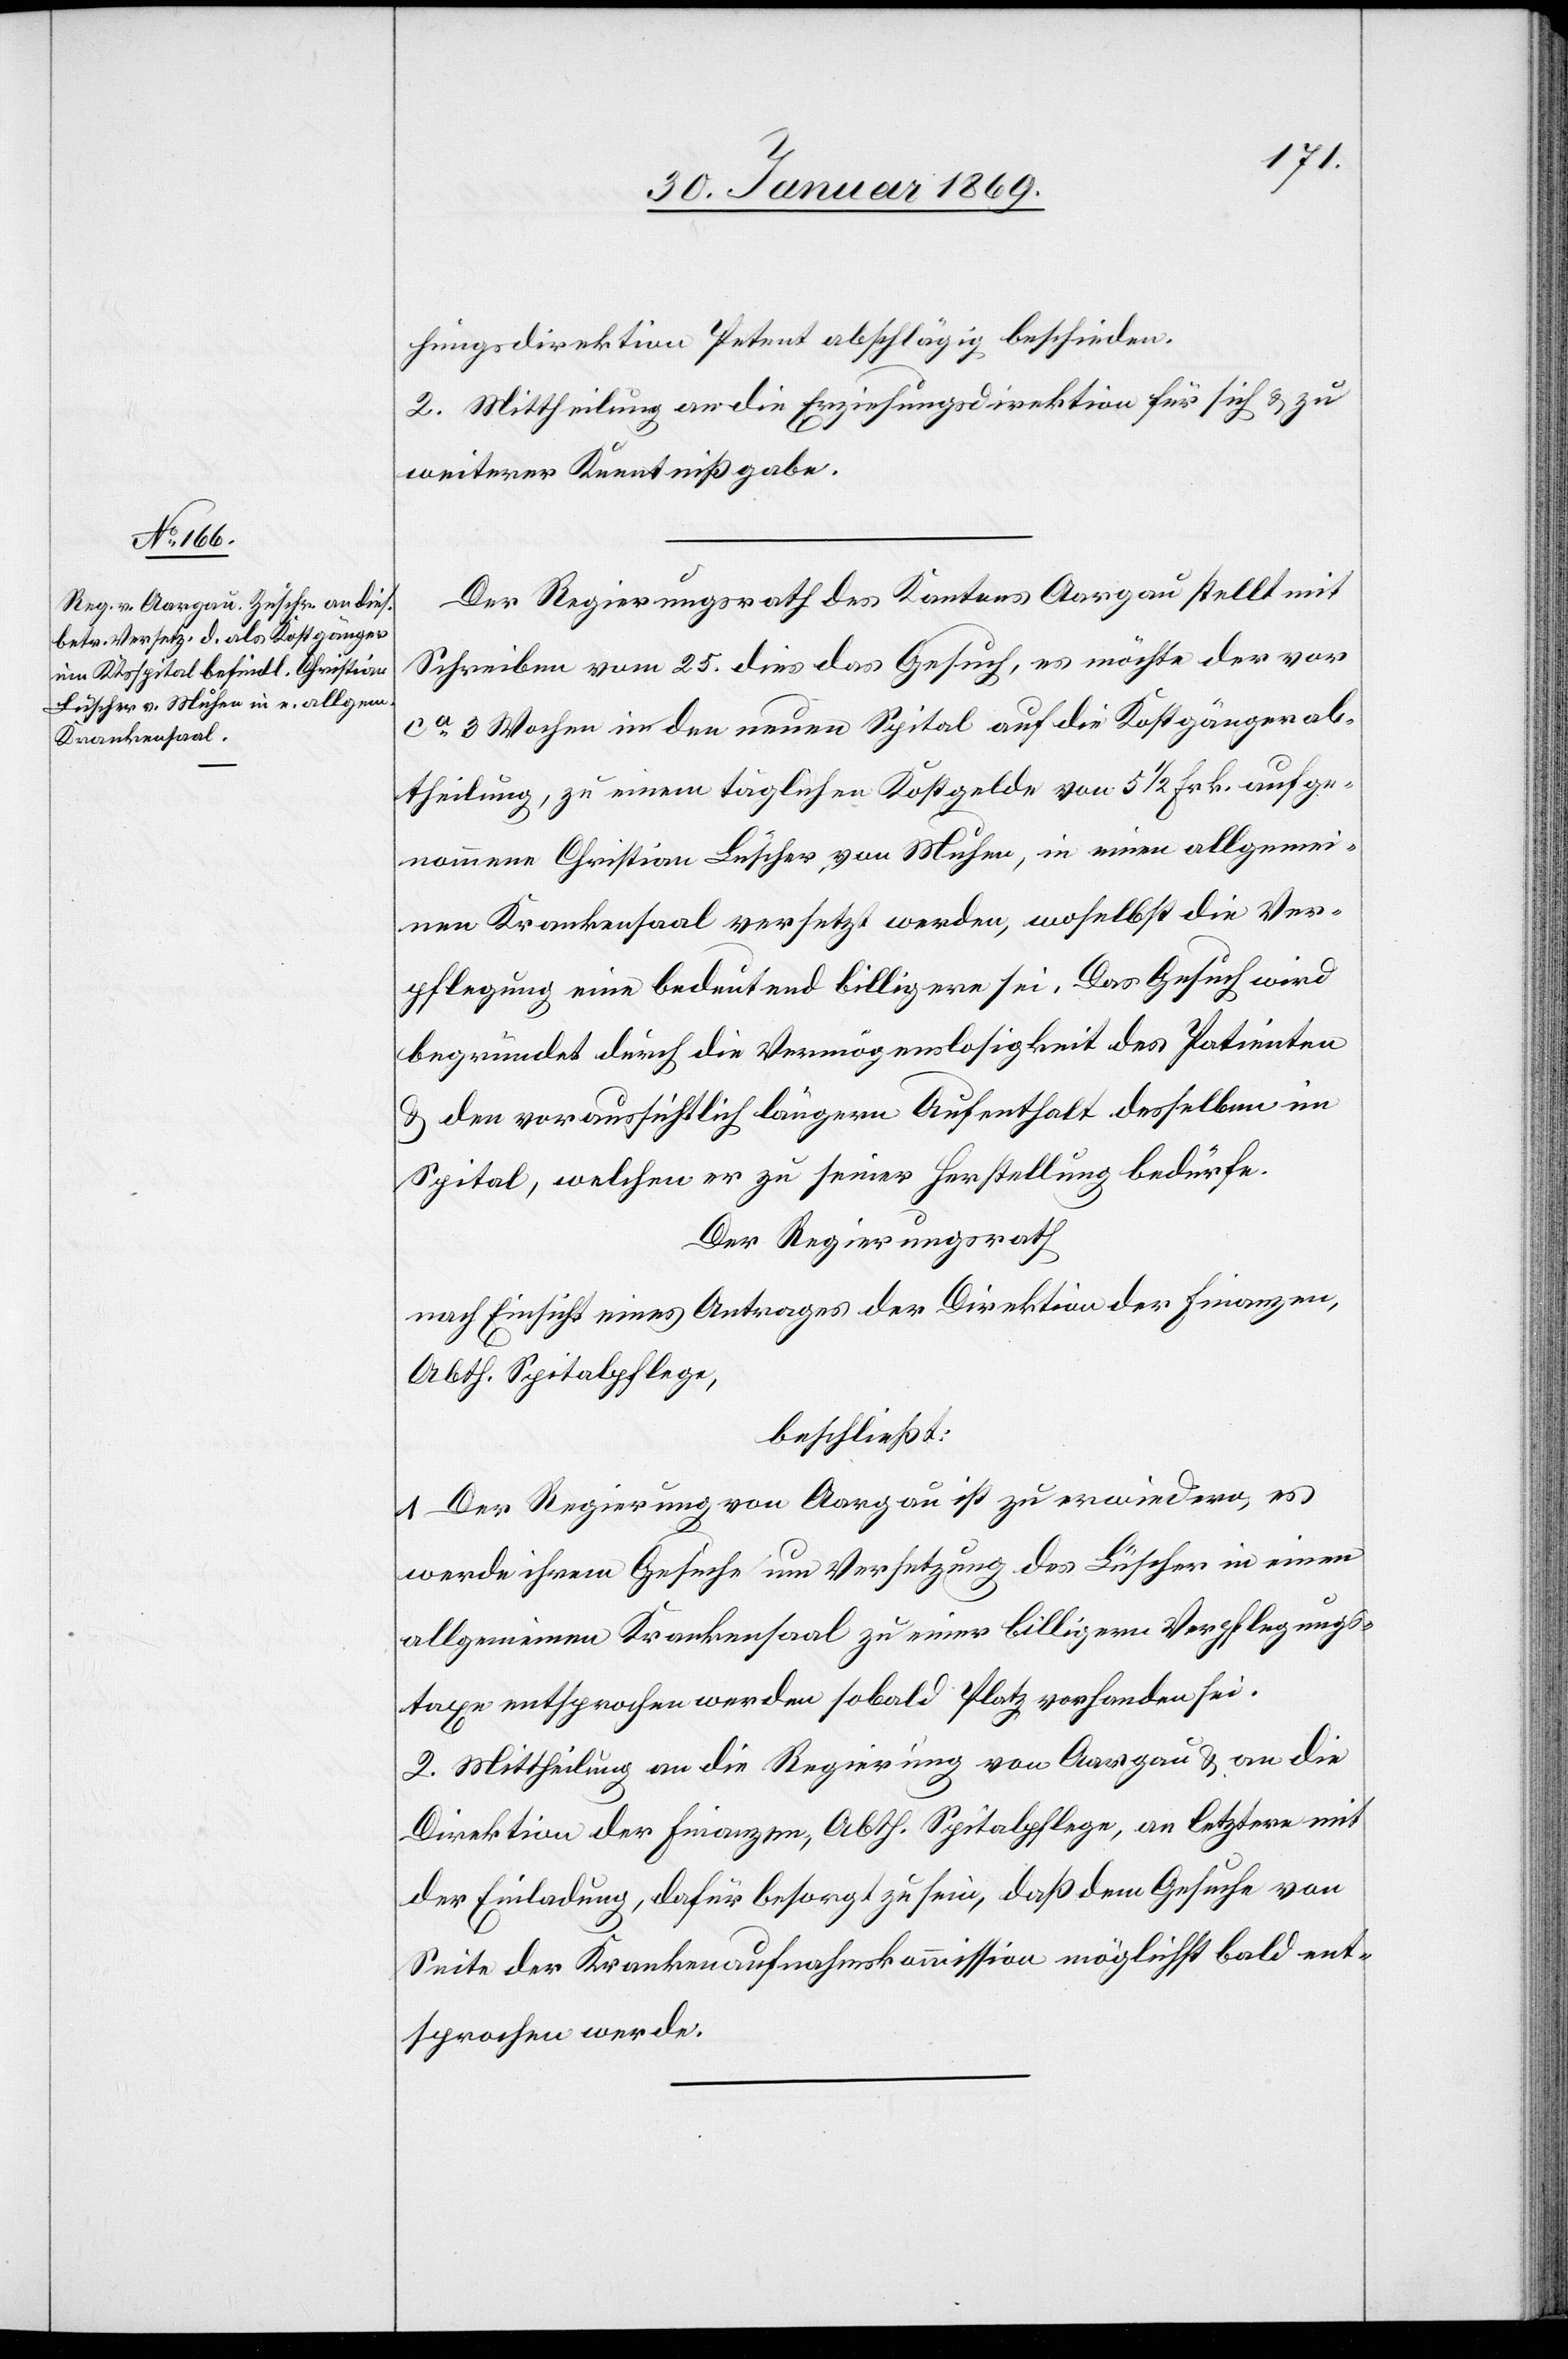
hungsdirektion Petent abschlägig beschieden.
2. Mittheilung an die Erziehungsdirektion für sich & zu
weiterer Kenntnißgabe.
Der Regierungsrath des Kantons Aargau stellt mit
Schreiben vom 25. dies das Gesuch, es möchte der vor
ca 3 Wochen in den neuen Spital auf die Kostgängerab¬
theilung, zu einem täglichen Kostgelde von 5 1/2 Frk. aufge¬
nommene Christian Lüscher, von Muhen, in einen allgemei¬
nen Krankensaal versetzt werden, woselbst die Ver¬
pflegung eine bedeutend billigere sei. Das Gesuch wird
begründet durch die Vermögenslosigkeit des Patienten
u. den voraussichtlich längern Aufenthalt desselben im
Spital, welchen er zu seiner Herstellung bedürfe.
Der Regierungsrath
nach Einsicht eines Antrages der Direktion der Finanzen,
Abth. Spitalpflege,
beschließt:
1. Der Regierung von Aargau ist zu erwiedern, es
werde ihrem Gesuche um Versetzung des Lüscher in einem
allgemeinen Krankensaal zu einer billigen Verpflegungs¬
taxe entsprochen werden sobald Platz vorhanden sei.
2. Mittheilung an die Regierung von Aargau u. an die
Direktion der Finanzen, Abth. Spitalpflege, an letztere mit
der Einladung, dafür besorgt zu sein, daß dem Gesuche von
Seite der Krankenauffahrtskommission möglichst bald ent¬
sprochen werde.